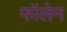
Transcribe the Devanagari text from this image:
फॉलेन